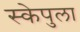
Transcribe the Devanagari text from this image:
स्केपुला